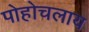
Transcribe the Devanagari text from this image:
पोहोचलाय